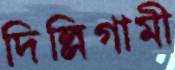
দিল্লিগামী